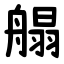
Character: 䑽